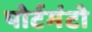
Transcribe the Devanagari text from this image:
पोर्टमंटो